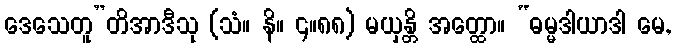
ဒေသေတူ”တိအာဒီသု (သံ။ နိ။ ၄။၈၈) မယှန္တိ အတ္ထော။ “ဓမ္မဒါယာဒါ မေ,